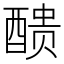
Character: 𨡺